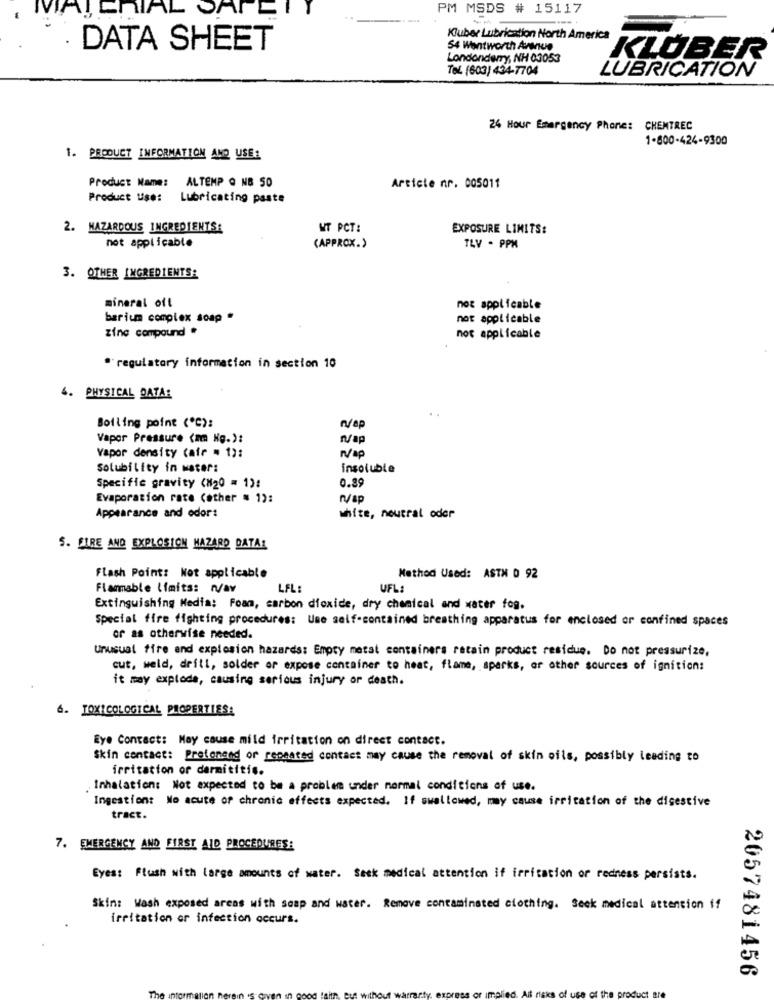
CHIAL SAFE
PM MSDS # 15117
DATA SHEET
54 Wentworth Avenue
Londonderry, NH 03053
Kluber Lubrication North America KLIÜBER
Tel. (603) 434-7704
LUBRICATION
24 Hour Emergency Phone: CHENTREC
1-800-424-9300
1. PRODUCT INFORMATION AND USE:
Product Name: ALTEMP Q NB 50
Article nr. 005011
Product Use:
Lubricating paste
2. HAZARDOUS INGREDIENTS:
WT PCT:
EXPOSURE LIMITS:
not applicable
(APPROX.)
TLV . PPM
3. OTHER INGREDIENTS:
mineral oft
not applicable
barium complex soap *
not applicable
zinc compound *
not applicable
*regulatory information in section 10
4. PHYSICAL DATA:
Boiling point (*℃):
w/ap
Vapor Pressure (mm Hg.):
nap
Vapor density (air = 1):
Solubility in water:
insoluble
0.89
Specific gravity (N20 = 1):
Evaporation rate (other = 1):
Appearance and odor:
white, noutral oder
5. FIRE AND EXPLOSION HAZARD DATAL
Flash Point: Not applicable
Method Used: ASTH 0 92
Flammable Limits: n/av
LFL
UFL:
Extinguishing Media: Foam, carbon dioxide, dry chemical and water fog.
Special fire fighting procedures: Une self-contained breathing apparatus for enclosed or confined spaces
or as otherwise needed.
Unusual fire and explosion hazards: Empty metal containers retain product residue. Do not pressurize,
cut, weld, drill, solder or expose container to heat, flame, sparks, or other sources of ignition:
it may explode, causing serious injury or death.
6. TOXICOLOGICAL PROPERTIES:
Eye Contact: May cause mild irritation on direct contact.
Skin contact: Profonend or repeated contact may cause the removal of skin oils, possibly leading to
irritation or dermititis.
. Inhalation: Not expected to be a problem under normal conditions of use.
Ingestion: No acute of chronic effects expected. If swallowed, may cause irritation of the digestive
tract.
7. EMERGENCY AND FIRST AID PROCEDURES:
Eyes: Flush with large amounts of water. Sesk medical attention if irritation or redness persists.
Skin: Wash exposed areas with soap and water. Remove contaminated clothing. Seek medical attention if
irritation or infection occurs.
2057481456